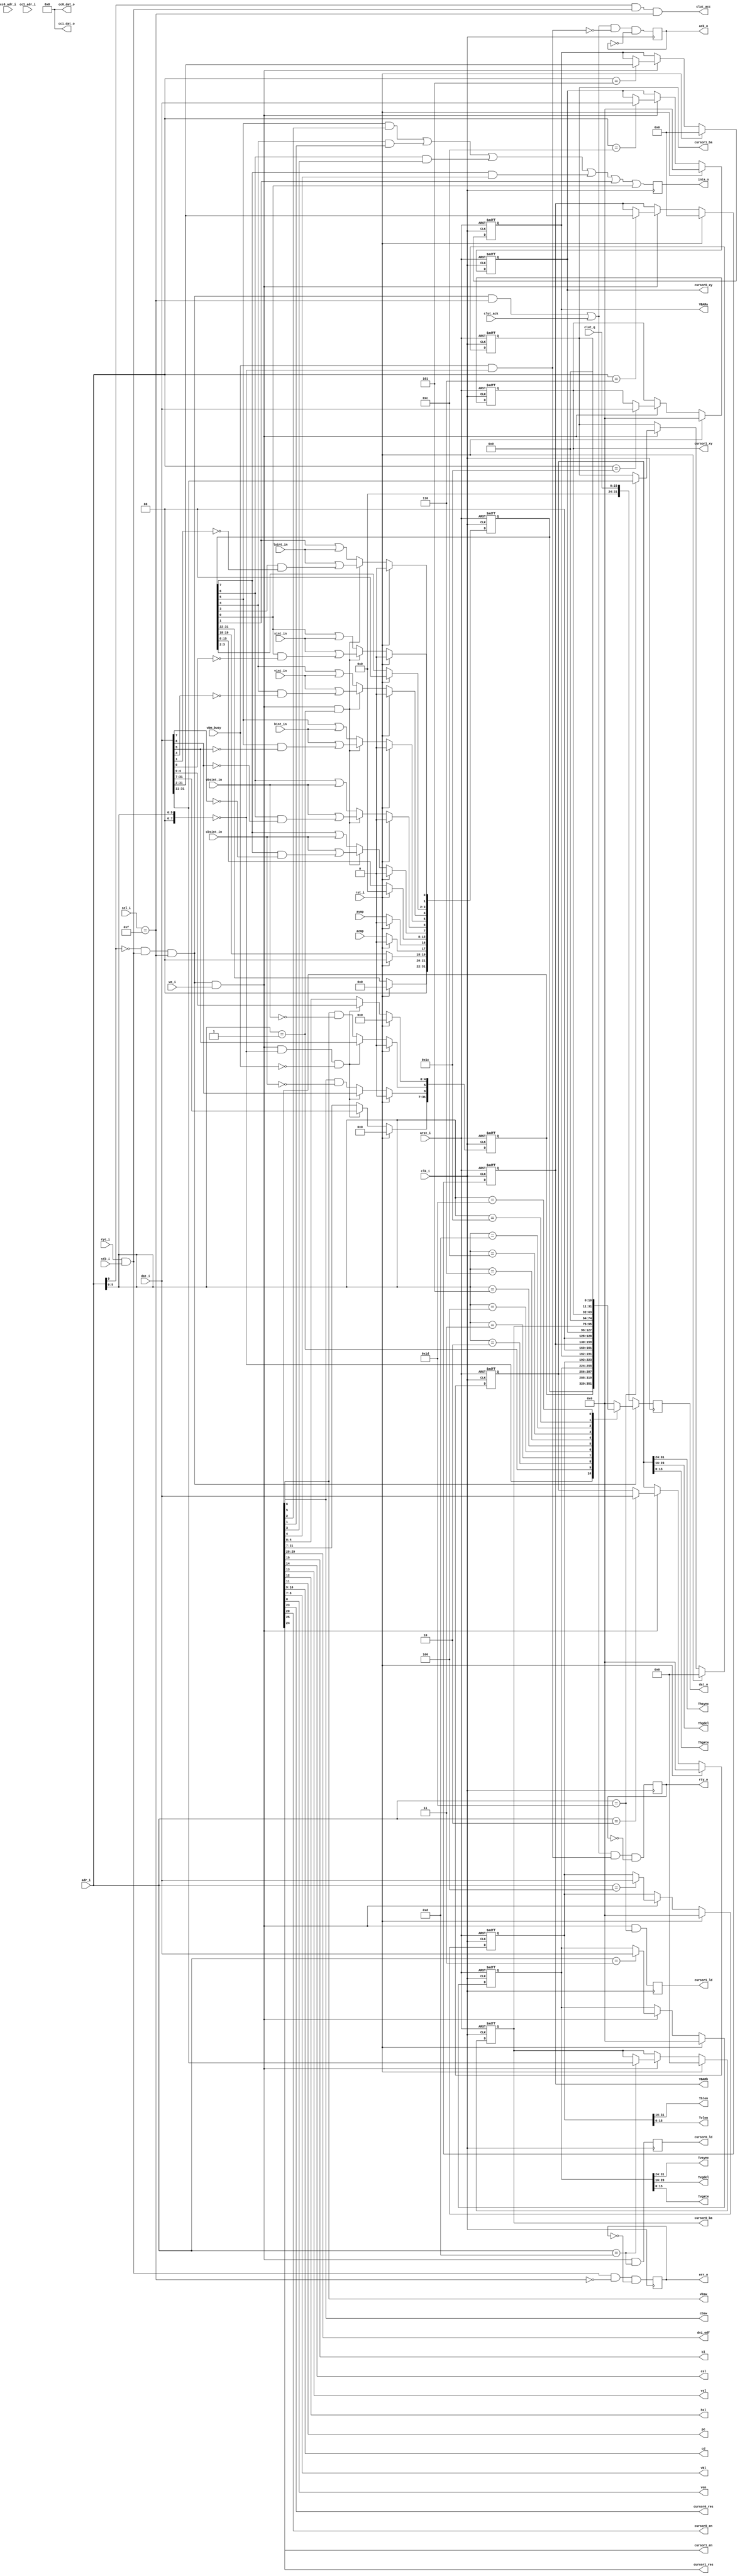
module vga_wb_slave(
	clk_i, rst_i, arst_i, adr_i, dat_i, dat_o, sel_i, we_i, stb_i, cyc_i, ack_o, rty_o, err_o, inta_o,
	wbm_busy, dvi_odf, bl, csl, vsl, hsl, pc, cd, vbl, cbsw, vbsw, ven, avmp, acmp,
	cursor0_res, cursor0_en, cursor0_xy, cursor0_ba, cursor0_ld, cc0_adr_i, cc0_dat_o,
	cursor1_res, cursor1_en, cursor1_xy, cursor1_ba, cursor1_ld, cc1_adr_i, cc1_dat_o,
	vbsint_in, cbsint_in, hint_in, vint_in, luint_in, sint_in,
	Thsync, Thgdel, Thgate, Thlen, Tvsync, Tvgdel, Tvgate, Tvlen, VBARa, VBARb,
	clut_acc, clut_ack, clut_q
	);

	//
	// inputs & outputs
	//

	// wishbone slave interface
	input         clk_i;
	input         rst_i;
	input         arst_i;
	input  [11:2] adr_i;
	input  [31:0] dat_i;
	output [31:0] dat_o;
	reg [31:0] dat_o;
	input  [ 3:0] sel_i;
	input         we_i;
	input         stb_i;
	input         cyc_i;
	output        ack_o;
	reg ack_o;
	output        rty_o;
	reg rty_o;
	output        err_o;
	reg err_o;
	output        inta_o;
	reg inta_o;

	// wishbone master controller feedback
	input  wbm_busy;             // data transfer in progress

	// control register settings
	output [1:0] dvi_odf;        // DVI output data format
	output bl;                   // blanking level
	output csl;                  // composite sync level
	output vsl;                  // vsync level
	output hsl;                  // hsync level
	output pc;                   // pseudo color
	output [1:0] cd;             // color depth
	output [1:0] vbl;            // video memory burst length
	output cbsw;                 // clut bank switch enable
	output vbsw;                 // video memory bank switch enable
	output ven;                  // video system enable

	// hardware cursor settings
	output         cursor0_res;  // cursor0 resolution
	output         cursor0_en;   // cursor0 enable
	output [31: 0] cursor0_xy;   // cursor0 location
	output [31:11] cursor0_ba;   // cursor0 base address
	output         cursor0_ld;   // reload cursor0 from video memory
	input  [ 3: 0] cc0_adr_i;    // cursor0 color register address
	output [15: 0] cc0_dat_o;    // cursor0 color register data
	output         cursor1_res;  // cursor1 resolution
	output         cursor1_en;   // cursor1 enable
	output [31: 0] cursor1_xy;   // cursor1 location
	output [31:11] cursor1_ba;   // cursor1 base address
	output         cursor1_ld;   // reload cursor1 from video memory
	input  [ 3: 0] cc1_adr_i;    // cursor1 color register address
	output [15: 0] cc1_dat_o;    // cursor1 color register data

	reg [31: 0] cursor0_xy;
	reg [31:11] cursor0_ba;
	reg         cursor0_ld;
	reg [31: 0] cursor1_xy;
	reg [31:11] cursor1_ba;
	reg         cursor1_ld;

	// status register inputs
	input avmp;          // active video memory page
	input acmp;          // active clut memory page
	input vbsint_in;     // bank switch interrupt request
	input cbsint_in;     // clut switch interrupt request
	input hint_in;       // hsync interrupt request
	input vint_in;       // vsync interrupt request
	input luint_in;      // line fifo underrun interrupt request
	input sint_in;       // system error interrupt request

	// Horizontal Timing Register
	output [ 7:0] Thsync;
	output [ 7:0] Thgdel;
	output [15:0] Thgate;
	output [15:0] Thlen;

	// Vertical Timing Register
	output [ 7:0] Tvsync;
	output [ 7:0] Tvgdel;
	output [15:0] Tvgate;
	output [15:0] Tvlen;

	// video base addresses
	output [31:2] VBARa;
	reg [31:2] VBARa;
	output [31:2] VBARb;
	reg [31:2] VBARb;

	// color lookup table signals
	output        clut_acc;
	input         clut_ack;
	input  [23:0] clut_q;


	//
	// variable declarations
	//
	parameter REG_ADR_HIBIT = 7;

	wire [REG_ADR_HIBIT:0] REG_ADR  = adr_i[REG_ADR_HIBIT : 2];
	wire                   CLUT_ADR = adr_i[11];

	parameter [REG_ADR_HIBIT : 0] CTRL_ADR  = 6'b00_0000;
	parameter [REG_ADR_HIBIT : 0] STAT_ADR  = 6'b00_0001;
	parameter [REG_ADR_HIBIT : 0] HTIM_ADR  = 6'b00_0010;
	parameter [REG_ADR_HIBIT : 0] VTIM_ADR  = 6'b00_0011;
	parameter [REG_ADR_HIBIT : 0] HVLEN_ADR = 6'b00_0100;
	parameter [REG_ADR_HIBIT : 0] VBARA_ADR = 6'b00_0101;
	parameter [REG_ADR_HIBIT : 0] VBARB_ADR = 6'b00_0110;
	parameter [REG_ADR_HIBIT : 0] C0XY_ADR  = 6'b00_1100;
	parameter [REG_ADR_HIBIT : 0] C0BAR_ADR = 6'b00_1101;
	parameter [REG_ADR_HIBIT : 0] CCR0_ADR  = 6'b01_0???;
	parameter [REG_ADR_HIBIT : 0] C1XY_ADR  = 6'b01_1100;
	parameter [REG_ADR_HIBIT : 0] C1BAR_ADR = 6'b01_1101;
	parameter [REG_ADR_HIBIT : 0] CCR1_ADR  = 6'b10_0???;


	reg [31:0] ctrl, stat, htim, vtim, hvlen;
	wire hint, vint, vbsint, cbsint, luint, sint;
	wire hie, vie, vbsie, cbsie;
	wire acc, acc32, reg_acc, reg_wacc;
	wire cc0_acc, cc1_acc;
	wire [31:0] ccr0_dat_o, ccr1_dat_o;


	reg [31:0] reg_dato; // data output from registers

	//
	// Module body
	//

	assign acc      =  cyc_i & stb_i;
	assign acc32    = (sel_i == 4'b1111);
	assign clut_acc =  CLUT_ADR & acc & acc32;
	assign reg_acc  = ~CLUT_ADR & acc & acc32;
	assign reg_wacc =  reg_acc & we_i;

	assign cc0_acc  = (REG_ADR == CCR0_ADR) & acc & acc32;
	assign cc1_acc  = (REG_ADR == CCR1_ADR) & acc & acc32;

	always @(posedge clk_i)
	  ack_o <= #1 ((reg_acc & acc32) | clut_ack) & ~(wbm_busy & REG_ADR == CTRL_ADR) & ~ack_o ;

	always @(posedge clk_i)
	  rty_o <= #1 ((reg_acc & acc32) | clut_ack) & (wbm_busy & REG_ADR == CTRL_ADR) & ~rty_o ;

	always @(posedge clk_i)
	  err_o <= #1 acc & ~acc32 & ~err_o;


	// generate registers
	always @(posedge clk_i or negedge arst_i)
	begin : gen_regs
	  if (!arst_i)
	    begin
	        htim       <= #1 0;
	        vtim       <= #1 0;
	        hvlen      <= #1 0;
	        VBARa      <= #1 0;
	        VBARb      <= #1 0;
	        cursor0_xy <= #1 0;
	        cursor0_ba <= #1 0;
	        cursor1_xy <= #1 0;
	        cursor1_ba <= #1 0;
	    end
	  else if (rst_i)
	    begin
	        htim       <= #1 0;
	        vtim       <= #1 0;
	        hvlen      <= #1 0;
	        VBARa      <= #1 0;
	        VBARb      <= #1 0;
	        cursor0_xy <= #1 0;
	        cursor0_ba <= #1 0;
	        cursor1_xy <= #1 0;
	        cursor1_ba <= #1 0;
	    end
	  else if (reg_wacc)
	    case (adr_i) // synopsis full_case parallel_case
	        HTIM_ADR  : htim       <= #1 dat_i;
	        VTIM_ADR  : vtim       <= #1 dat_i;
	        HVLEN_ADR : hvlen      <= #1 dat_i;
	        VBARA_ADR : VBARa      <= #1 dat_i[31: 2];
	        VBARB_ADR : VBARb      <= #1 dat_i[31: 2];
	        C0XY_ADR  : cursor0_xy <= #1 dat_i[31: 0];
	        C0BAR_ADR : cursor0_ba <= #1 dat_i[31:11];
	        C1XY_ADR  : cursor1_xy <= #1 dat_i[31: 0];
	        C1BAR_ADR : cursor1_ba <= #1 dat_i[31:11];
	    endcase
	end

	always @(posedge clk_i)
	  begin
	     cursor0_ld <= #1 reg_wacc && (adr_i == C0BAR_ADR);
	     cursor1_ld <= #1 reg_wacc && (adr_i == C1BAR_ADR);
	  end

	// generate control register
	always @(posedge clk_i or negedge arst_i)
	  if (!arst_i)
		// Vennsa: removed the delay in the assignment; original: ctrl <=  0;
	    ctrl <= 0;
	  else if (rst_i)
	    ctrl <= 0;
	  else if (reg_wacc & (REG_ADR == CTRL_ADR) & ~wbm_busy )
	    ctrl <= dat_i;
	  else begin
	    ctrl[6] <= ctrl[6] & !cbsint_in;
	    ctrl[5] <= ctrl[5] & !vbsint_in;
	  end


	// generate status register
	always @(posedge clk_i or negedge arst_i)
	  if (!arst_i)
	    stat <= #1 0;
	  else if (rst_i)
	    stat <= #1 0;
	  else begin
	    `ifdef VGA_HWC1
	        stat[21] <= #1 1'b1;
	    `else
	        stat[21] <= #1 1'b0;
	    `endif
	    `ifdef VGA_HWC0
	        stat[20] <= #1 1'b1;
	    `else
	        stat[20] <= #1 1'b0;
	    `endif

	    stat[17] <= #1 acmp;
	    stat[16] <= #1 avmp;

	    if (reg_wacc & (REG_ADR == STAT_ADR) )
	      begin
	          stat[7] <= #1 cbsint_in | (stat[7] & !dat_i[7]);
	          stat[6] <= #1 vbsint_in | (stat[6] & !dat_i[6]);
	          stat[5] <= #1 hint_in   | (stat[5] & !dat_i[5]);
	          stat[4] <= #1 vint_in   | (stat[4] & !dat_i[4]);
	          stat[1] <= #1 luint_in  | (stat[3] & !dat_i[1]);
	          stat[0] <= #1 sint_in   | (stat[0] & !dat_i[0]);
	      end
	    else
	      begin
	          stat[7] <= #1 stat[7] | cbsint_in;
	          stat[6] <= #1 stat[6] | vbsint_in;
	          stat[5] <= #1 stat[5] | hint_in;
	          stat[4] <= #1 stat[4] | vint_in;
	          stat[1] <= #1 stat[1] | luint_in;
	          stat[0] <= #1 stat[0] | sint_in;
	      end
	  end


	// decode control register
	assign dvi_odf     = ctrl[29:28];
	assign cursor1_res = ctrl[25];
	assign cursor1_en  = ctrl[24];
	assign cursor0_res = ctrl[23];
	assign cursor0_en  = ctrl[20];
	assign bl          = ctrl[15];
	assign csl         = ctrl[14];
	assign vsl         = ctrl[13];
	assign hsl         = ctrl[12];
	assign pc          = ctrl[11];
	assign cd          = ctrl[10:9];
	assign vbl         = ctrl[8:7];
	assign cbsw        = ctrl[6];
	assign vbsw        = ctrl[5];
	assign cbsie       = ctrl[4];
	assign vbsie       = ctrl[3];
	assign hie         = ctrl[2];
	assign vie         = ctrl[1];
	assign ven         = ctrl[0];

	// decode status register
	assign cbsint = stat[7];
	assign vbsint = stat[6];
	assign hint   = stat[5];
	assign vint   = stat[4];
	assign luint  = stat[1];
	assign sint   = stat[0];

	// decode Horizontal Timing Register
	assign Thsync = htim[31:24];
	assign Thgdel = htim[23:16];
	assign Thgate = htim[15:0];
	assign Thlen  = hvlen[31:16];

	// decode Vertical Timing Register
	assign Tvsync = vtim[31:24];
	assign Tvgdel = vtim[23:16];
	assign Tvgate = vtim[15:0];
	assign Tvlen  = hvlen[15:0];


	`ifdef VGA_HWC0
		// hookup cursor0 color registers
		vga_cur_cregs cregs0(
			.clk_i(clk_i),
			.rst_i(rst_i),
			.arst_i(arst_i),
			.hsel_i(cc0_acc),
			.hadr_i(adr_i[4:2]),
			.hwe_i(we_i),
			.hdat_i(dat_i),
			.hdat_o(ccr0_dat_o), // host access
			.hack_o(),
			.cadr_i(cc0_adr_i),
			.cdat_o(cc0_dat_o)   // cursor processor access
		);
	`else
		assign ccr0_dat_o = 32'h0;
		assign cc0_dat_o = 32'h0;
	`endif

	`ifdef VGA_HWC1
		// hookup cursor1 color registers
		vga_cur_cregs cregs1(
			.clk_i(clk_i),
			.rst_i(rst_i),
			.arst_i(arst_i),
			.hsel_i(cc1_acc),
			.hadr_i(adr_i[4:2]),
			.hwe_i(we_i),
			.hdat_i(dat_i),
			.hdat_o(ccr1_dat_o), // host access
			.hack_o(),
			.cadr_i(cc1_adr_i),
			.cdat_o(cc1_dat_o)   // cursor processor access
		);
	`else
		assign ccr1_dat_o = 32'h0;
		assign cc1_dat_o = 32'h0;
	`endif


	// assign output
	always @(REG_ADR or ctrl or stat or htim or vtim or hvlen or VBARa or VBARb or acmp or
		cursor0_xy or cursor0_ba or cursor1_xy or cursor1_ba or ccr0_dat_o or ccr1_dat_o)
	  casez (REG_ADR) // synopsis full_case parallel_case
	      CTRL_ADR  : reg_dato = ctrl;
	      STAT_ADR  : reg_dato = stat;
	      HTIM_ADR  : reg_dato = htim;
	      VTIM_ADR  : reg_dato = vtim;
	      HVLEN_ADR : reg_dato = hvlen;
	      VBARA_ADR : reg_dato = {VBARa, 2'b0};
	      VBARB_ADR : reg_dato = {VBARb, 2'b0};
	      C0XY_ADR  : reg_dato = cursor0_xy;
	      C0BAR_ADR : reg_dato = {cursor0_ba, 11'h0};
	      CCR0_ADR  : reg_dato = ccr0_dat_o;
	      C1XY_ADR  : reg_dato = cursor1_xy;
	      C1BAR_ADR : reg_dato = {cursor1_ba, 11'h0};
	      CCR1_ADR  : reg_dato = ccr1_dat_o;
	      default   : reg_dato = 32'h0000_0000;
	  endcase

	always @(posedge clk_i)
	  dat_o <= #1 reg_acc ? reg_dato : {8'h0, clut_q};

	// generate interrupt request signal
	always @(posedge clk_i)
	  inta_o <= #1 (hint & hie) | (vint & vie) | (vbsint & vbsie) | (cbsint & cbsie) | luint | sint;
endmodule